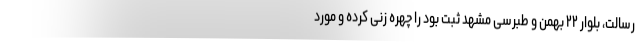
رسالت، بلوار ۲۲ بهمن و طبرسی مشهد ثبت بود را چهره زنی کرده و مورد